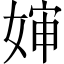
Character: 婶